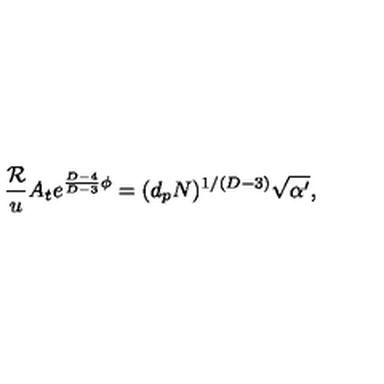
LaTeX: { \frac { \cal R } { u } } A _ { t } e ^ { { \frac { D - 4 } { D - 3 } } \phi } = ( d _ { p } N ) ^ { 1 / ( D - 3 ) } \sqrt { \alpha ^ { \prime } } ,